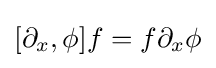
[\partial _{x},\phi ]f=f\partial _{x}\phi